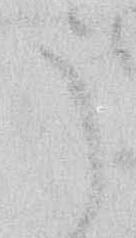
う